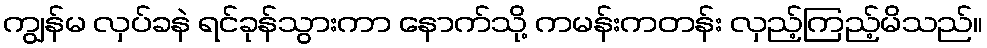
ကျွန်မ လှပ်ခနဲ ရင်ခုန်သွားကာ နောက်သို့ ကမန်းကတန်း လှည့်ကြည့်မိသည်။